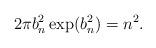
LaTeX: \begin{align*} 2\pi b_n^2 \exp(b_n^2)= n^2.\end{align*}